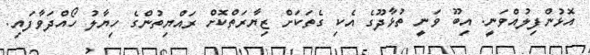
އޮޅުންފިލުއްވަނީ. އިބޫ ވަނީ ތުޅާދޫގެ އެކި ގެތަކަށް ޒިޔާރަތްކޮށް ރައްޔިތުންގެ ހިޔާލު ހޯއްދަވާފައި.